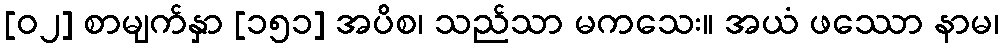
[၀၂] စာမျက်နှာ [၁၅၁] အပိစ၊ သည်သာ မကသေး။ အယံ ဖဿော နာမ၊